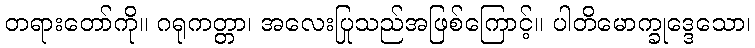
တရားတော်ကို။ ဂရုကတ္တာ၊ အလေးပြုသည်အဖြစ်ကြောင့်။ ပါတိမောက္ခုဒ္ဒေသော၊